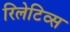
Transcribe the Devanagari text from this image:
रिलेटिव्स